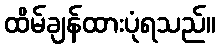
ထိမ်ချန်ထားပုံရသည်။